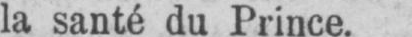
la santé du Prince.